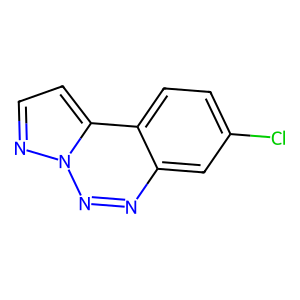
SMILES: Clc1ccc2c(c1)nnn1nccc21
Inhibits HIV replication: No